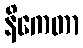
နိကေတာ